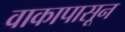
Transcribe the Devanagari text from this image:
वाकापासून